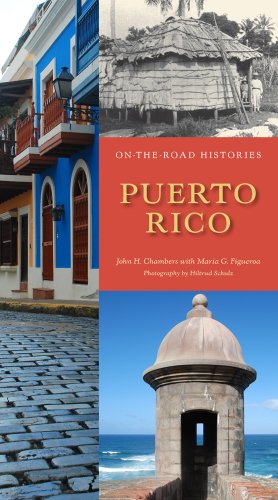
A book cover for On-the-Road Histories Puerto Rico; John H. Chambers; Travel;